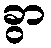
ခွာ